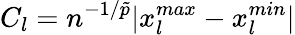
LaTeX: C_{l}=n^{-1/\tilde{p}}|x_{l}^{max}-x_{l}^{min}|